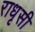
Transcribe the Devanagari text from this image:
राधृसी